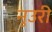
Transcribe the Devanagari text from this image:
नुउरी